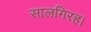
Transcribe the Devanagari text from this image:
सालगिरह।